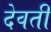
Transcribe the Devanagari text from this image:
देवती